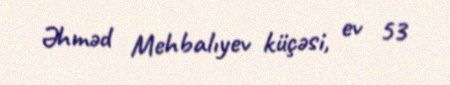
Əhməd Mehbalıyev küçəsi, ev 53